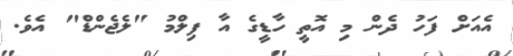
އެއަށް ފަހު ދެން މި އޮތީ ހާޑީގެ އާ ފިލްމު "ލެޖެންޑް" އެވެ.